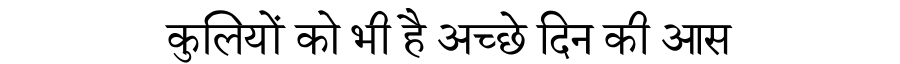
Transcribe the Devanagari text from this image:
कुलियों को भी है अच्छे दिन की आस